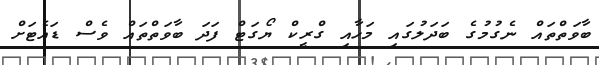
ބާވަތްތައް ނެގުމުގެ ބަދަލުގައި މަހާއި ގްރީކް ޔޯގަޓް ފަދަ ބާވަތްތައް ވެސް ޑައެޓަށް